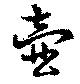
壺